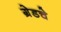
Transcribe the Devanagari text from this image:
ग्रेडचे